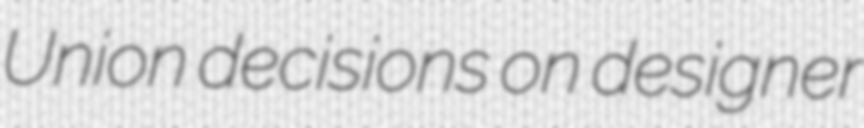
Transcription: Union decisions on designer